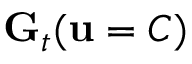
\mathbf { G } _ { t } ( \mathbf { u } = C )